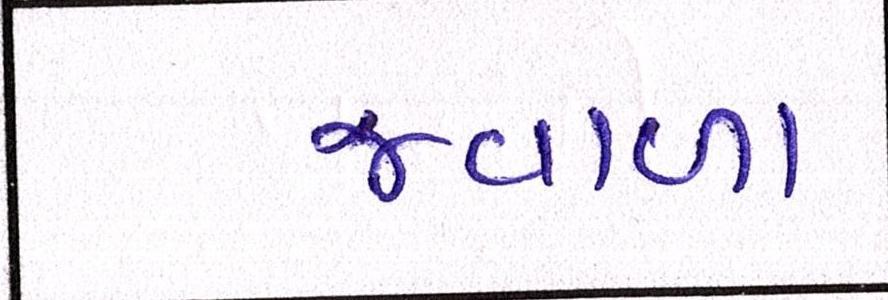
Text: જ્વાળા